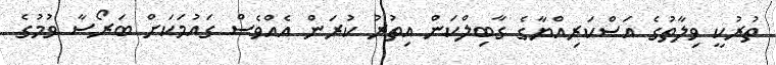
ތުރުކީ ވިލާތުގެ އަސްކަރިއްޔާގެ ގާބިލްކަން އިތުރު ކުރަން އެއްވެސް ގައުމަކަށް ބަރޯސާ ވުމުގެ